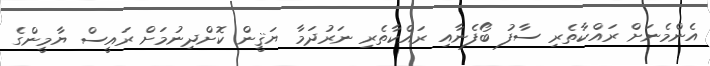
އެންމެނަށް ރައްކާތެރި ސާފު ބޯފެނާއި ރައްކާތެރި ނަރުދަމާ ޔަޤީން ކޮށްދިނުމަށް ރައީސް ޔާމީންގެ